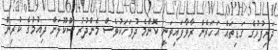
ދަރިފުޅުގެ ގަޑިތައް އަހަރެން ރާވާފައިވަނީ ކޮންމެ ދުވަހަކުވެސް މެންދުރު ސްކޫލަށް ދިއުމުގެ ކުރިން